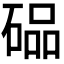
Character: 𮀭